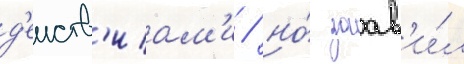
д'еиств'иам'и / но́ заав'и́л